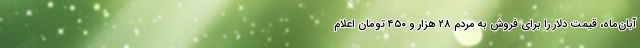
آبان‌ماه، قیمت دلار را برای فروش به مردم ۲۸ هزار و ۴۵۰ تومان اعلام